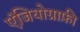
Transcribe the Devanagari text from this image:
एंजियोग्राफ़ी